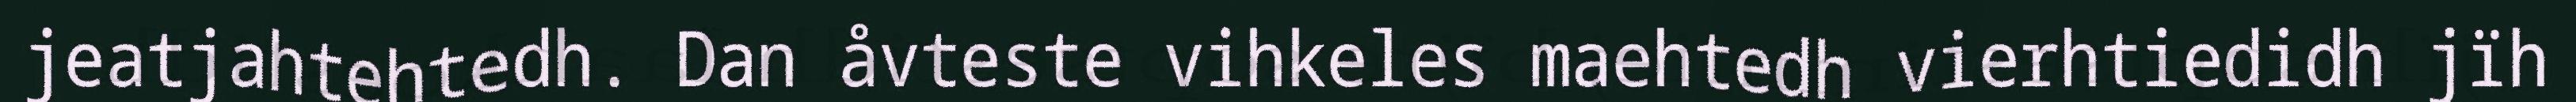
jeatjahtehtedh. Dan åvteste vihkeles maehtedh vierhtiedidh jïh